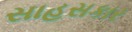
સાહસકાર